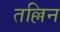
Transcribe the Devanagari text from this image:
तल्लिन